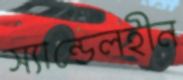
স্যান্ডেলহীন